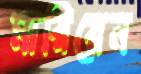
মারিয়েন